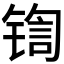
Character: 𰾡